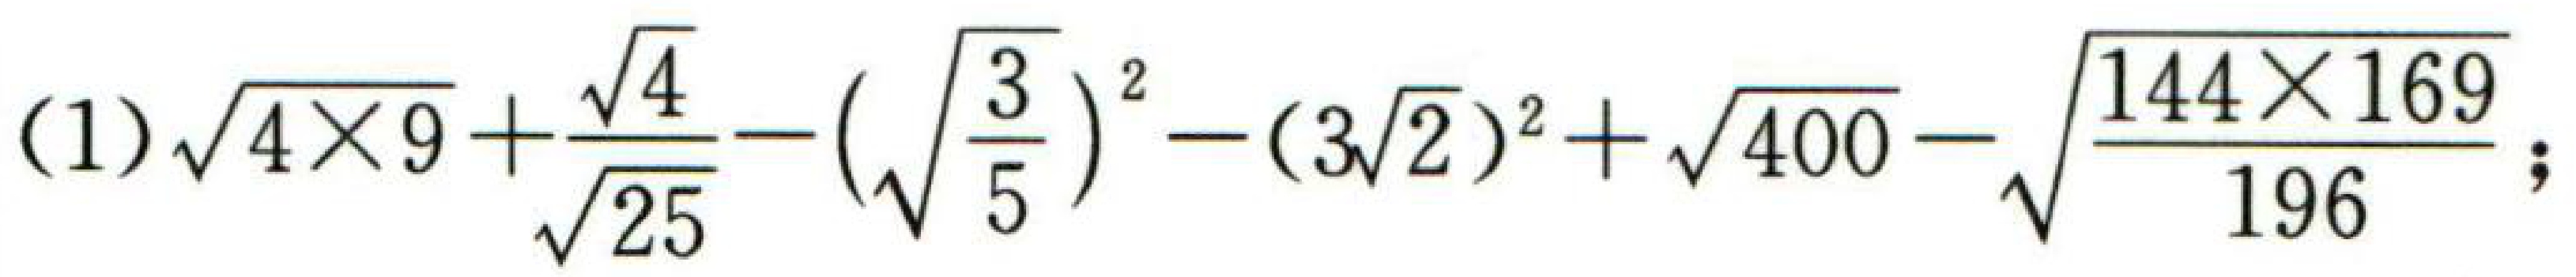
\(\sqrt{4\times9}+\frac{\sqrt{4}}{\sqrt{25}}-(\sqrt{\frac{3}{5}})^2-(3\sqrt{2})^2+\sqrt{400}-\sqrt{\frac{144\times169}{196}}\)